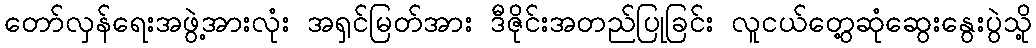
တော်လှန်ရေးအဖွဲ့အားလုံး အရှင်မြတ်အား ဒီဇိုင်းအတည်ပြုခြင်း လူငယ်တွေ့ဆုံဆွေးနွေးပွဲသို့